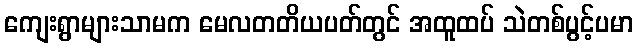
ကျေးရွာများသာမက မေလတတိယပတ်တွင် အထူထပ် သဲတစ်ပွင့်ပမာ